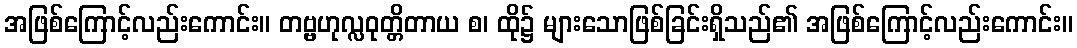
အဖြစ်ကြောင့်လည်းကောင်း။ တဗ္ဗဟုလ္လဝုတ္တိတာယ စ၊ ထို၌ များသောဖြစ်ခြင်းရှိသည်၏ အဖြစ်ကြောင့်လည်းကောင်း။